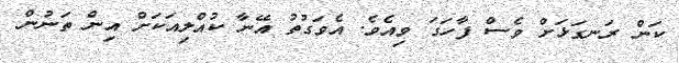
ކަން ރަނގަޅަށް ވެސް ފާހަގަ ވިއެވެ. އެވަގުތު އޭނާ ކުއްލިއަކަށް އިން ތަނުން